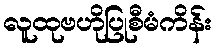
လူထုဗဟိုပြုစီမံကိန်း